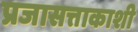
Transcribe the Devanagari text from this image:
प्रजासत्ताकाशी